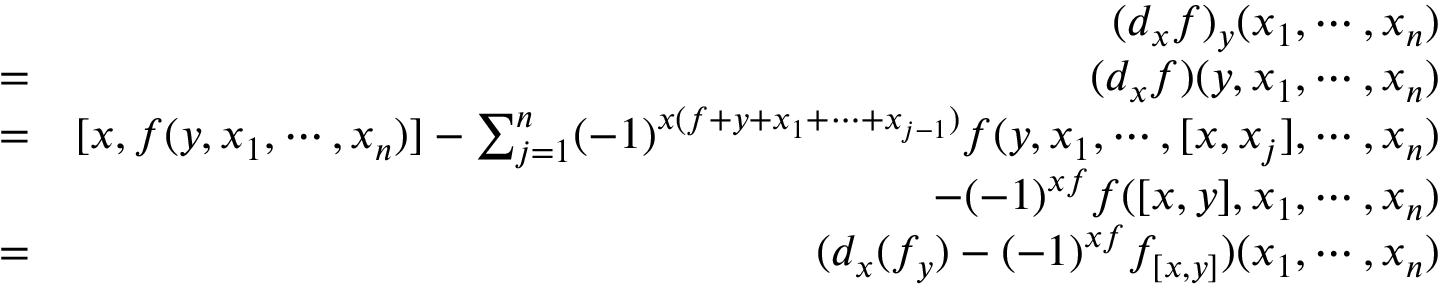
\begin{array} { r l r } & { } & { ( d _ { x } f ) _ { y } ( x _ { 1 } , \cdots , x _ { n } ) } \\ & { = } & { ( d _ { x } f ) ( y , x _ { 1 } , \cdots , x _ { n } ) } \\ & { = } & { [ x , f ( y , x _ { 1 } , \cdots , x _ { n } ) ] - \sum _ { j = 1 } ^ { n } ( - 1 ) ^ { x ( f + y + x _ { 1 } + \cdots + x _ { j - 1 } ) } f ( y , x _ { 1 } , \cdots , [ x , x _ { j } ] , \cdots , x _ { n } ) } \\ & { } & { - ( - 1 ) ^ { x f } f ( [ x , y ] , x _ { 1 } , \cdots , x _ { n } ) } \\ & { = } & { ( d _ { x } ( f _ { y } ) - ( - 1 ) ^ { x f } f _ { [ x , y ] } ) ( x _ { 1 } , \cdots , x _ { n } ) } \end{array}